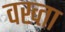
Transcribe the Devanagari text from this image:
वख्‍ता